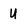
Character: U